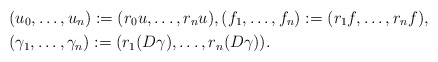
\begin{align*}&(u_{0}, \dots, u_{n}) := (r_{0} u, \dots, r_{n} u), (f_{1}, \dots, f_{n}) := (r_{1} f, \dots, r_{n} f), \\&(\gamma_{1}, \dots, \gamma_{n}) := (r_{1} (D \gamma), \dots, r_{n} (D \gamma)). \end{align*}